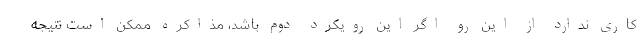
کاری ندارد از این رو اگر این رویکرد دوم باشد، مذاکره ممکن است نتیجه